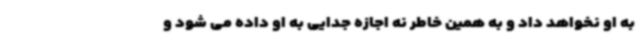
به او نخواهد داد و به همین خاطر نه اجازه جدایی به او داده می شود و